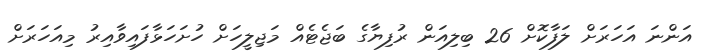
އަންނަ އަހަރަށް ލަފާކޮށް 26 ބިލިއަން ރުފިޔާގެ ބަޖެޓެއް މަޖިލީހަށް ހުށަހަޅާފައިވާއިރު މިއަހަރަށް